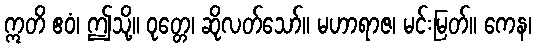
ဣတိ ဧဝံ၊ ဤသို့။ ဝုတ္တေ၊ ဆိုလတ်သော်။ မဟာရာဇ၊ မင်းမြတ်။ ကေန၊